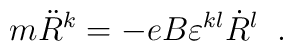
m\ddot{R}^{k}=-eB\varepsilon^{kl}\dot{R}^{l} \;\;.